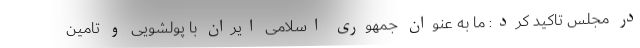
در مجلس تاکید کرد: ما به عنوان جمهوری اسلامی ایران با پولشویی و تامین